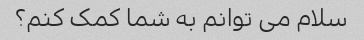
سلام می توانم به شما کمک کنم؟